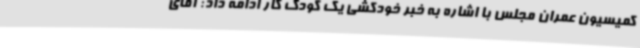
کمیسیون عمران مجلس با اشاره به خبر خودکشی یک کودک کار ادامه داد: آقای